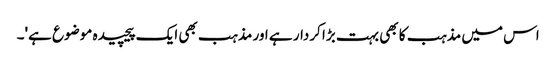
اس میں مذہب کا بھی بہت بڑا کردار ہے اور مذہب بھی ایک پیچیدہ موضوع ہے'۔